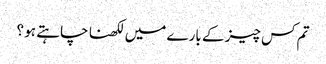
تم کس چیز کے بارے میں لکھنا چاہتے ہو ؟